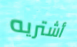
أشتريه